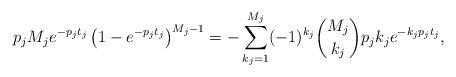
LaTeX: \begin{align*}p_j M_j e^{-p_j t_j} \left(1 - e^{-p_j t_j}\right)^{M_j - 1} = -\sum_{k_j=1}^{M_j} (-1)^{k_j} \binom{M_j}{k_j} p_j k_j e^{-k_j p_j t_j},\end{align*}